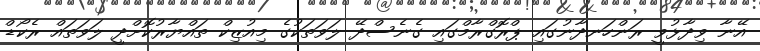
އޭނާ ވިދާޅުވީ ރަންހަނދާނުގައި ޕްރޮގްރާމްގައި ގެނެސްދޭ ލަވަތަކުގެ މިއުޒިކް ތައްޔާރުކޮށްދީ ލަވަތައް ރެކޯޑް